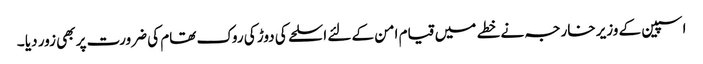
اسپین کے وزیر خارجہ نے خطے میں قیام امن کے لئے اسلحے کی دوڑ کی روک تھام کی ضرورت پر بھی زور دیا ۔